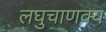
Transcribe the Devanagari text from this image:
लघुचाणक्य